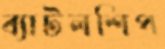
ব্যাটলশিপ